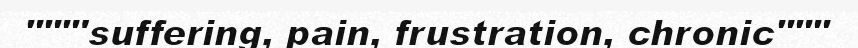
"""'suffering, pain, frustration, chronic"""